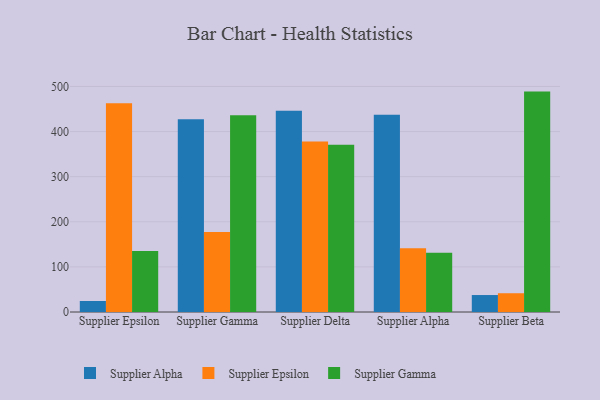
{"axis": {"x": "Supplier", "y": "Headcount"}, "legend": ["Supplier Alpha", "Supplier Epsilon", "Supplier Gamma"], "data": [{"x": "Supplier Epsilon", "y": 24.4, "type": "Supplier Alpha"}, {"x": "Supplier Epsilon", "y": 462.8, "type": "Supplier Epsilon"}, {"x": "Supplier Epsilon", "y": 135.3, "type": "Supplier Gamma"}, {"x": "Supplier Gamma", "y": 427.2, "type": "Supplier Alpha"}, {"x": "Supplier Gamma", "y": 177.4, "type": "Supplier Epsilon"}, {"x": "Supplier Gamma", "y": 435.9, "type": "Supplier Gamma"}, {"x": "Supplier Delta", "y": 446.2, "type": "Supplier Alpha"}, {"x": "Supplier Delta", "y": 377.9, "type": "Supplier Epsilon"}, {"x": "Supplier Delta", "y": 371.0, "type": "Supplier Gamma"}, {"x": "Supplier Alpha", "y": 437.2, "type": "Supplier Alpha"}, {"x": "Supplier Alpha", "y": 141.3, "type": "Supplier Epsilon"}, {"x": "Supplier Alpha", "y": 131.1, "type": "Supplier Gamma"}, {"x": "Supplier Beta", "y": 37.6, "type": "Supplier Alpha"}, {"x": "Supplier Beta", "y": 41.6, "type": "Supplier Epsilon"}, {"x": "Supplier Beta", "y": 488.6, "type": "Supplier Gamma"}]}